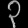
Digit: ၃